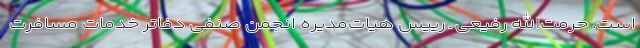
است. حرمت‌الله رفیعی ـ رییس هیات‌مدیره انجمن صنفی دفاتر خدمات مسافرت